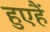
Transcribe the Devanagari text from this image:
हुएहैं